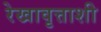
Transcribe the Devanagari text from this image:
रेखावृत्ताशी